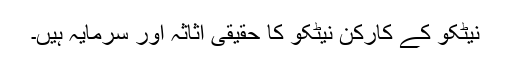
نیٹکو کے کارکن نیٹکو کا حقیقی اثاثہ اور سرمایہ ہیں۔